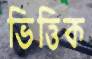
ভিত্তিক